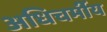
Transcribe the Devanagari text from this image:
अधिचर्मीय